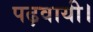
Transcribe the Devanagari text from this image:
पढ़वायी।